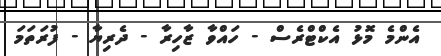
އެންމެ މޮޅު އެކްޓްރެސް - ހައްވާ ޒާހިރާ - ދެރިޔާ - ފުރަތަމަ